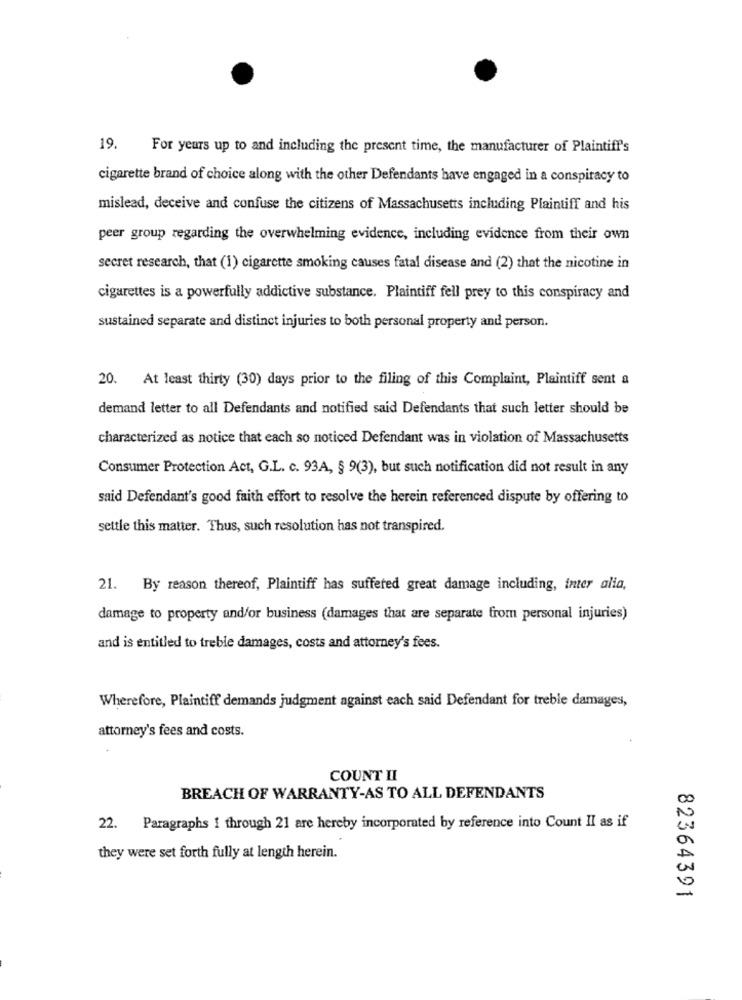
19
For years up to and including the present time, the manufacturer of Plaintiff's
cigarette brand of choice along with the other Defendants have engaged in a conspiracy to
mislead, deceive and confuse the citizens of Massachusetts including Plaintiff and his
peer group regarding the overwhelming evidence, including evidence from their own
secret research, that (1) cigarette smoking causes fatal disease and (2) that the nicotine in
cigarettes is a powerfully addictive substance. Plaintiff fell prey to this conspiracy and
sustained separate and distinct injuries to both personal property and person.
20. At least thirty (30) days prior to the filing of this Complaint, Plaintiff sent a
demand letter to all Defendants and notified said Defendants that such letter should be
characterized as notice that each so noticed Defendant was in violation of Massachusetts
Consumer Protection Act, G.L. c. 93A, § 9(3), but such notification did not result in any
said Defendant's good faith effort to resolve the herein referenced dispute by offering to
settle this matter. Thus, such resolution has not transpired.
21. By reason thereof, Plaintiff has suffered great damage including, inter alia,
damage to property and/or business (damages that are separate from personal injuries)
and is entitled to treble damages, costs and attorney's fees.
Wherefore, Plaintiff demands judgment against each said Defendant for treble damages,
attorney's fees and costs.
COUNT II
BREACH OF WARRANTY-AS TO ALL DEFENDANTS
22. Paragraphs 1 through 21 are hereby incorporated by reference into Count II as if
they were set forth fully at length herein.
82364391